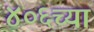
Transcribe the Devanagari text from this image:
४०६च्या